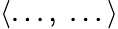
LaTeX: \langle...,\; ...\rangle